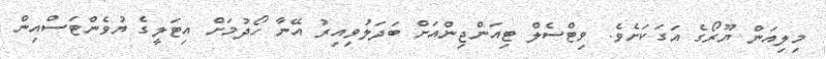
މިލިއަން ޔޫރޯގެ އަގަކަށެވެ. ވިޓްސެލް ޓިއަންޖިންއަށް ބަދަލުވިއިރު އޭނާ ހޯދުމަށް އިޓަލީގެ ޔުވެންޓަސްއިން